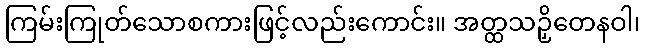
ကြမ်းကြုတ်သောစကားဖြင့်လည်းကောင်း။ အတ္ထသဉှိတေနဝါ၊